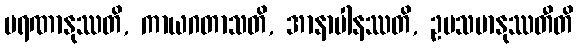
မရဏာနုဿတိ, ကာယဂတာသတိ, အာနာပါနဿတိ, ဥပသမာနုဿတီတိ